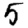
Digit: 5